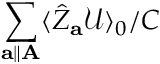
\sum _ { \mathbf { a } \parallel \mathbf { A } } \langle \hat { Z } _ { \mathbf { a } } \mathcal { U } \rangle _ { 0 } / C